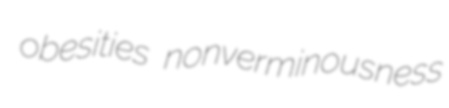
obesities nonverminousness